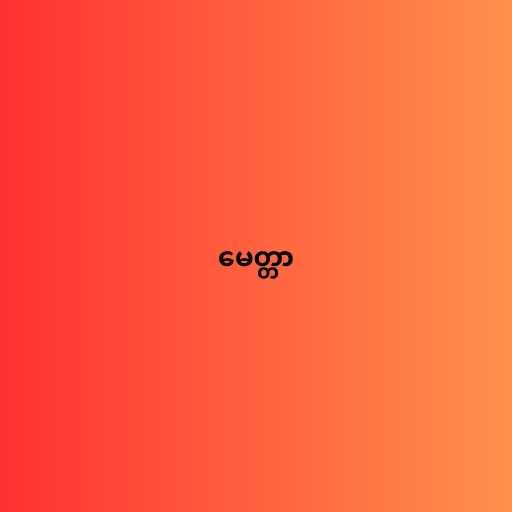
မေတ္တာ